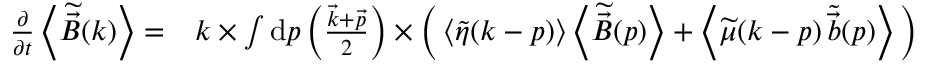
\begin{array} { r l } { \frac { \partial } { \partial t } \left< \widetilde { \vec { B } } ( \boldsymbol { k } ) \right> = } & { \boldsymbol { k } \times \int \mathrm { d } \boldsymbol { p } \left( \frac { \vec { k } + \vec { p } } { 2 } \right) \times \bigg ( \left< \widetilde { \eta } ( \boldsymbol { k } - \boldsymbol { p } ) \right> \left< \widetilde { \vec { B } } ( \boldsymbol { p } ) \right> + \left< \widetilde { \mu } ( \boldsymbol { k } - \boldsymbol { p } ) \, \widetilde { \vec { b } } ( \boldsymbol { p } ) \right> \bigg ) } \end{array}